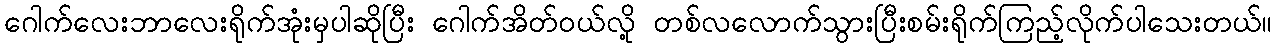
ဂေါက်လေးဘာလေးရိုက်အုံးမှပါဆိုပြီး ဂေါက်အိတ်ဝယ်လို့ တစ်လလောက်သွားပြီးစမ်းရိုက်ကြည့်လိုက်ပါသေးတယ်။